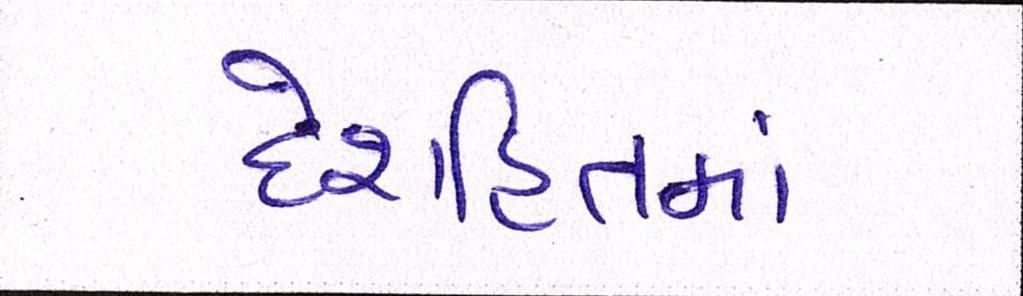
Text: દેશહિતમાં